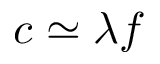
c \simeq \lambda f